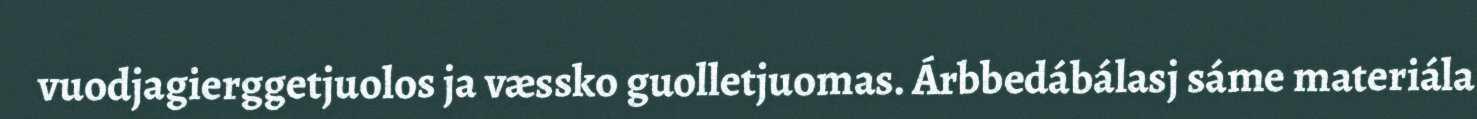
vuodjagierggetjuolos ja væssko guolletjuomas. Árbbedábálasj sáme materiála